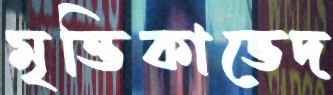
মৃত্তিকাভেদ